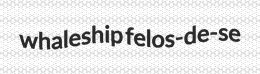
whaleship felos-de-se